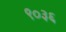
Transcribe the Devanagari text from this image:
९०३६